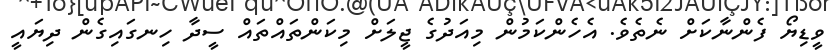
ވީޑިޔޯ ފެންނާކަށް ނެތެވެ. އެހެންކަމުން މިއަދުގެ ޖީލަށް މިކަންތައްތައް ސީދާ ހިނގައިގެން ދިޔައީ